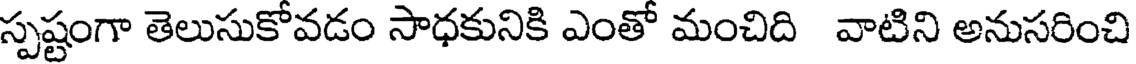
స్పష్టంగా తెలుసుకోవడం సాధకునికి ఎంతో మంచిది వాటిని అనుసరించి